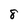
Character: 8